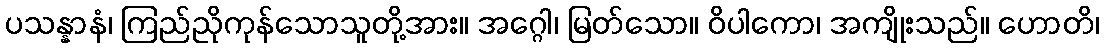
ပသန္နာနံ၊ ကြည်ညိုကုန်သောသူတို့အား။ အဂ္ဂေါ၊ မြတ်သော။ ဝိပါကော၊ အကျိုးသည်။ ဟောတိ၊